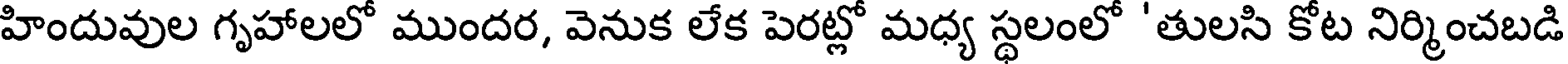
హిందువుల గృహాలలో ముందర, వెనుక లేక పెరట్లో మధ్య స్థలంలో 'తులసి కోట నిర్మించబడి